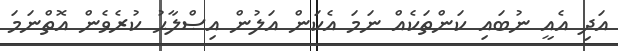
އަދި އެއީ ނުބައި ކަންތަކެއް ނަމަ އެކަން އަލުން އިޞްލާޙު ކުރެވެން އޮތްނަމަ